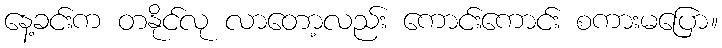
နေ့ခင်းက တနိုင်လု လာတော့လည်း ကောင်းကောင်း စကားမပြော။